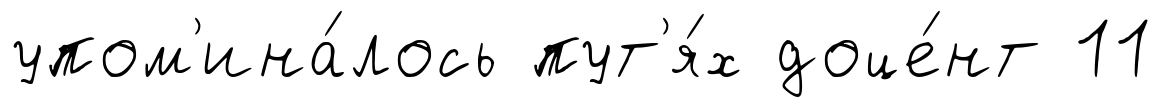
упом'ина́лось пут'я́х доце́нт 11